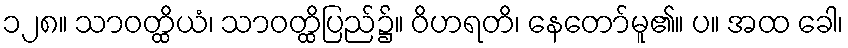
၁၂၈။ သာဝတ္ထိယံ၊ သာဝတ္ထိပြည်၌။ ဝိဟရတိ၊ နေတော်မူ၏။ ပ။ အထ ခေါ၊